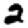
Digit: 2